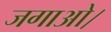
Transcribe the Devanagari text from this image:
जगाओ।